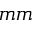
m m